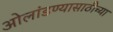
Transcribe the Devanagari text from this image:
ओलांडण्यासाठीच्या